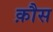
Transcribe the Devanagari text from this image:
क़ौस